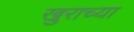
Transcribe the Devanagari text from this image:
खुराच्या